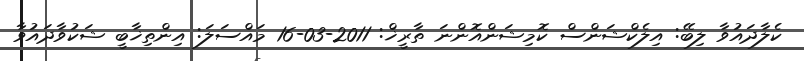
ކެލާދައުވާ ލިބޭ: އިލެކްޝަންސް ކޮމިޝަންއޮންނަ ތާރީޚް: 2011-03-16 މައްސަލަ: އިންތިޚާބީ ޝަކުވާދައުވާ